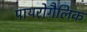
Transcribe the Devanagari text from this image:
पायरोगैलिक